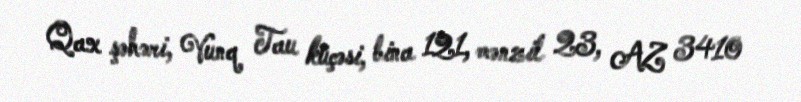
Qax şəhəri, Vunq Tau küçəsi, bina 121, mənzil 23, AZ 3410